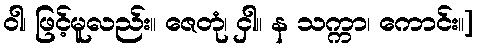
ဝါ၊ ဖြင့်မူလည်း။ ဇေတုံ၊ ငှါ။ န သက္ကာ၊ ကောင်း။]